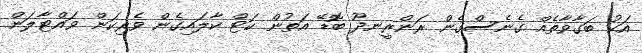
އަކު ބަގާވާތެއް ގެނެސްގެން ރަންރީނދޫ ބޮޑޭ އަތުން ކަޓް ކާލައިގެން ވެރިކަން ވައްޓާލަން